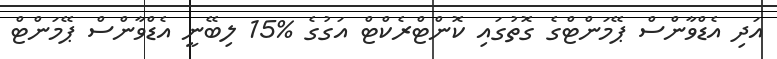
އަދި އެޑްވާންސް ޕޭމަންޓްގެ ގޮތުގައި ކޮންޓްރެކްޓް އަގުގެ %15 ލިބޭނީ އެޑްވާންސް ޕޭމަންޓް